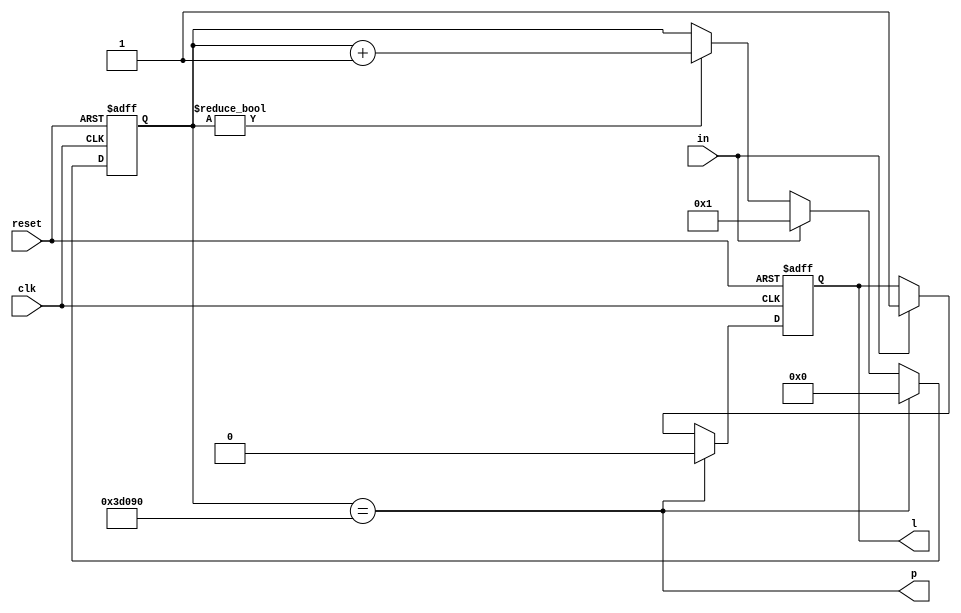
module ldly5ms(input clk, input reset, input in, output p, output reg l);
	reg [18-1:0] r;
	always @(posedge clk or posedge reset) begin
		if(reset) begin
			r <= 0;
			l <= 0;
		end else begin
			if(r)
				r <= r + 18'b1;
			if(in) begin
				r <= 1;
				l <= 1;
			end
			if(p) begin
				r <= 0;
				l <= 0;
			end
		end
	end
	assign p = r == 250000;
endmodule